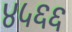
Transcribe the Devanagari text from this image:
४५६६